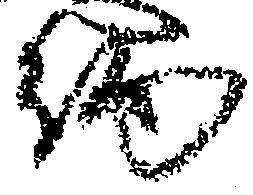
約